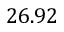
2 6 . 9 2